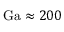
\mathrm { G a } \approx 2 0 0